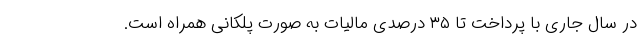
در سال جاری با پرداخت تا ۳۵ درصدی مالیات به صورت پلکانی همراه است.